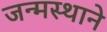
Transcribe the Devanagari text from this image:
जन्मस्थाने